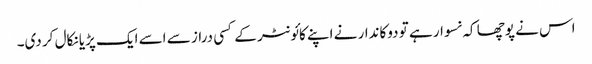
اس نے پوچھا کہ نسوار ہے تو دوکاندار نے اپنے کائونٹر کے کسی دراز سے اسے ایک پڑیا نکال کر دی۔